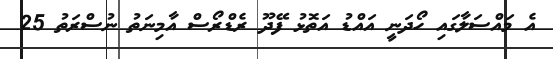
އެ މައްސަލާގައި ހޯދަނީ އައްޑު އަތޮޅު ފޭދޫ ރެޑްރޯސް އާމިނަތު ނުސްރަތު 25